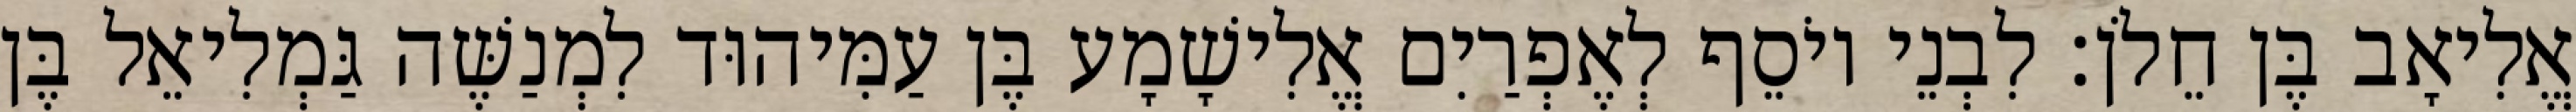
אֱלִיאָב בֶּן חֵלֹן׃ לִבְנֵי יוֹסֵף לְאֶפְרַיִם אֱלִישָׁמָע בֶּן עַמִּיהוּד לִמְנַשֶּׁה גַּמְלִיאֵל בֶּן